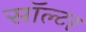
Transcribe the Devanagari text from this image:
सॉल्टर